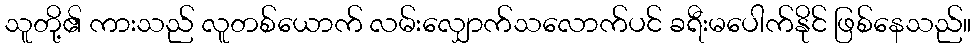
သူတို့၏ ကားသည် လူတစ်ယောက် လမ်းလျှောက်သလောက်ပင် ခရီးမပေါက်နိုင် ဖြစ်နေသည်။